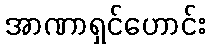
အာဏာရှင်ဟောင်း